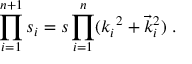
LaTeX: \prod _ { i = 1 } ^ { n + 1 } s _ { i } = s \prod _ { i = 1 } ^ { n } ( k _ { i } ^ { ~ 2 } + \vec { k } _ { i } ^ { 2 } ) ~ .